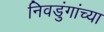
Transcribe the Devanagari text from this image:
निवडुंगांच्या